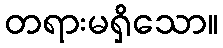
တရားမရှိသော။